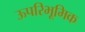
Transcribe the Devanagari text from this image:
ऊपरिभूमिक